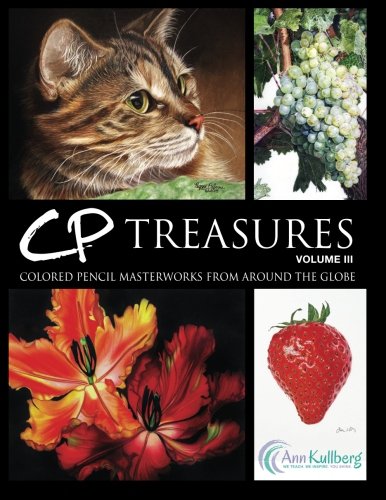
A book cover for CP Treasures, Volume III: Colored Pencil Masterworks from Around the Globe (Volume 3); Ann Kullberg; Arts & Photography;